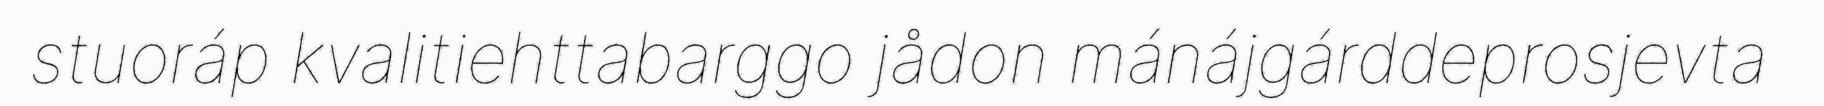
stuoráp kvalitiehttabarggo jådon mánájgárddeprosjevta